Vaccination in Bombay 1869-1873 - 1869-1873
Year: 1869
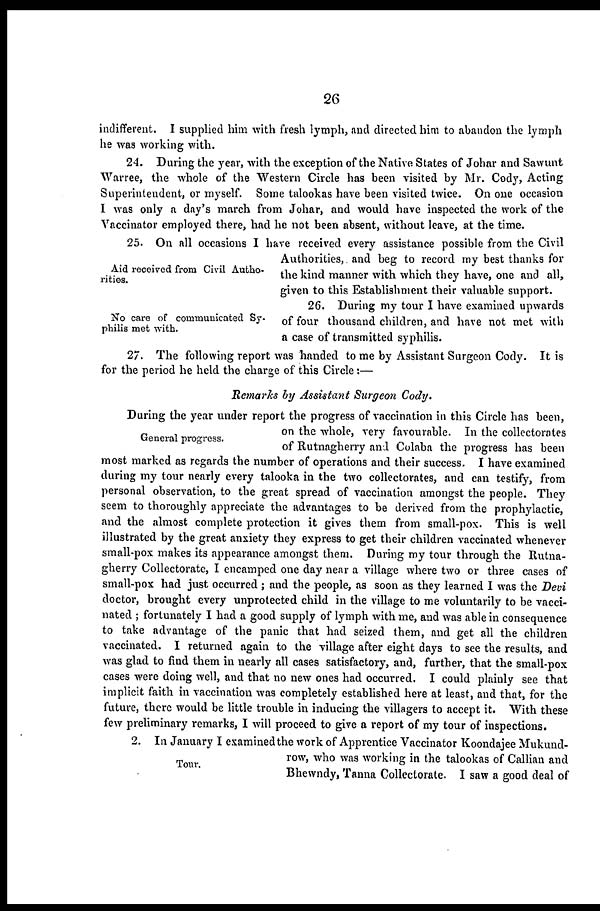
26
indifferent. I supplied him with fresh lymph, and directed him to abandon the lymph
he was working with.
24. During the year, with the exception of the Native States of Johar and Sawunt
Warree, the whole of the Western Circle has been visited by Mr. Cody, Acting
Superintendent, or myself. Some talookas have been visited twice. On one occasion
I was only a day's march from Johar, and would have inspected the work of the
Vaccinator employed there, had he not been absent, without leave, at the time.
Aid received from Civil Autho-
rities.
25. On all occasions I have received every assistance possible from the Civil
Authorities,. and beg to record my best thanks for
the kind manner with which they have, one and all,
given to this Establishment their valuable support.
No care of communicated Sy-
philis met with.
26. During my tour I have examined upwards
of four thousand children, and have not met with
a case of transmitted syphilis.
27. The following report was handed to me by Assistant Surgeon Cody. It is
for the period he held the charge of this Circle:—
Remarks by Assistant Surgeon Cody.
General progress.
During the year under report the progress of vaccination in this Circle has been,
on the whole, very favourable. In the collectorates
of Rutnagherry and Colaba the progress has been
most marked as regards the number of operations and their success. I have examined
during my tour nearly every talooka in the two collectorates, and can testify, from
personal observation, to the great spread of vaccination amongst the people. They
seem to thoroughly appreciate the advantages to be derived from the prophylactic,
and the almost complete protection it gives them from small-pox. This is well
illustrated by the great anxiety they express to get their children vaccinated whenever
small-pox makes its appearance amongst them. During my tour through the Rutna-
gherry Collectorate, I encamped one day near a village where two or three cases of
small-pox had just occurred ; and the people, as soon as they learned I was the Devi
doctor, brought every unprotected child in the village to me voluntarily to be vacci-
nated ; fortunately I had a good supply of lymph with me, and was able in consequence
to take advantage of the panic that had seized them, and get all the children
vaccinated. I returned again to the village after eight days to see the results, and
was glad to find them in nearly all cases satisfactory, and, further, that the small-pox
cases were doing well, and that no new ones had occurred. I could plainly see that
implicit faith in vaccination was completely established here at least, and that, for the
future, there would be little trouble in inducing the villagers to accept it. With these
few preliminary remarks, I will proceed to give a report of my tour of inspections.
Tour.
2. In January I examined the work of Apprentice Vaccinator Koondajee Mukund-
row, who was working in the talookas of Callian and
Bhewndy, Tanna Collectorate. I saw a good deal of